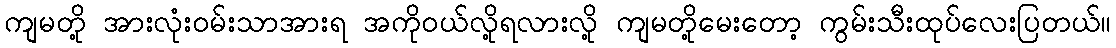
ကျမတို့ အားလုံးဝမ်းသာအားရ အကိုဝယ်လို့ရလားလို့ ကျမတို့မေးတော့ ကွမ်းသီးထုပ်လေးပြတယ်။